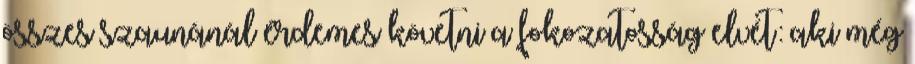
összes szaunánál érdemes követni a fokozatosság elvét: aki még